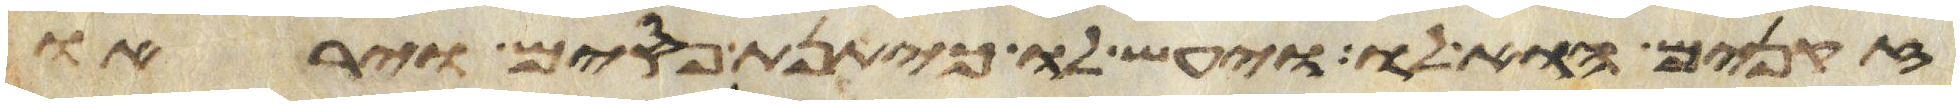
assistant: זקנים הוא לו ויעש לו כיתנת פסים ויראו